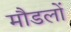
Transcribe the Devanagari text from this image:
मौडलों